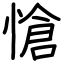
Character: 愴